Annual report of the Imperial Bacteriologist
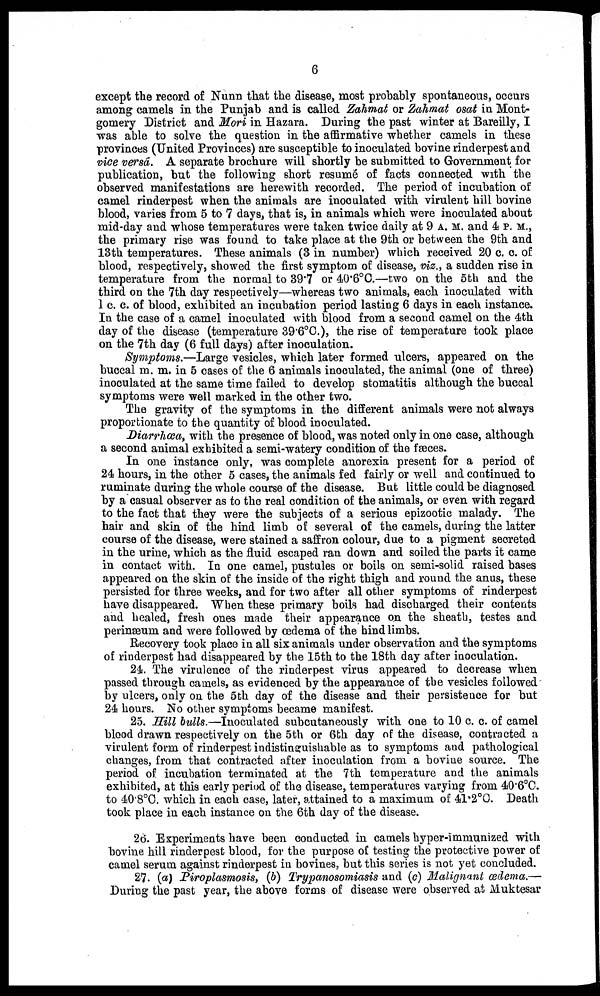
6
except the record of Nunn that the disease, most probably spontaneous, occurs
among camels in the Punjab and is called Zahmat or Zahmat osat in Mont-
gomery District and Mori in Hazara. During the past winter at Bareilly, I
was able to solve the question in the affirmative whether camels in these
provinces (United Provinces) are susceptible to inoculated bovine rinderpest and
vice versâ. A separate brochure will shortly be submitted to Government for
publication, but the following short resumé of facts connected with the
observed manifestations are herewith recorded. The period of incubation of
camel rinderpest when the animals are inoculated with virulent hill bovine
blood, varies from 5 to 7 days, that is, in animals which were inoculated about
mid-day and whose temperatures were taken twice daily at 9 A. M. and 4 P. M.,
the primary rise was found to take place at the 9th or between the 9th and
13th temperatures. These animals (3 in number) which received 20 c. c. of
blood, respectively, showed the first symptom of disease, viz., a sudden rise in
temperature from the normal to 39.7 or 40.6°C.—two on the 5th and the
third on the 7th day respectively—whereas two animals, each inoculated with
1 c. c. of blood, exhibited an incubation period lasting 6 days in each instance.
In the case of a camel inoculated with blood from a second camel on the 4th
day of the disease (temperature 39.6°C.), the rise of temperature took place
on the 7th day (6 full days) after inoculation.
Symptoms.—Large vesicles, which later formed ulcers, appeared on the
buccal m. m. in 5 cases of the 6 animals inoculated, the animal (one of three)
inoculated at the same time failed to develop stomatitis although the buccal
symptoms were well marked in the other two.
The gravity of the symptoms in the different animals were not always
proportionate to the quantity of blood inoculated.
Diarrhœa, with the presence of blood, was noted only in one case, although
a second animal exhibited a semi-watery condition of the fæces.
In one instance only, was complete anorexia present for a period of
24 hours, in the other 5 cases, the animals fed fairly or well and continued to
ruminate during the whole course of the disease. But little could be diagnosed
by a casual observer as to the real condition of the animals, or even with regard
to the fact that they were the subjects of a serious epizootic malady. The
hair and skin of the hind limb of several of the camels, during the latter
course of the disease, were stained a saffron colour, due to a pigment secreted
in the urine, which as the fluid escaped ran down and soiled the parts it came
in contact with. In one camel, pustules or boils on semi-solid raised bases
appeared on the skin of the inside of the right thigh and round the anus, these
persisted for three weeks, and for two after all other symptoms of rinderpest
have disappeared. When these primary boils had discharged their contents
and healed, fresh ones made their appearance on the sheath, testes and
perinæum and were followed by œdema of the hind limbs.
Recovery took place in all six animals under observation and the symptoms
of rinderpest had disappeared by the 15th to the 18th day after inoculation.
24. The virulence of the rinderpest virus appeared to decrease when
passed through camels, as evidenced by the appearance of the vesicles followed
by ulcers, only on the 5th day of the disease and their persistence for but
24 hours. No other symptoms became manifest.
25. Hill bulls.—Inoculated subcutaneously with one to 10 c. c. of camel
blood drawn respectively on the 5th or 6th day of the disease, contracted a
virulent form of rinderpest indistinguishable as to symptoms and pathological
changes, from that contracted after inoculation from a bovine source. The
period of incubation terminated at the 7th temperature and the animals
exhibited, at this early period of the disease, temperatures varying from 40.6°C.
to 40.8°C. which in each case, later, attained to a maximum of 41.2°C. Death
took place in each instance on the 6th day of the disease.
26. Experiments have been conducted in camels hyper-immunized with
bovine hill rinderpest blood, for the purpose of testing the protective power of
camel serum against rinderpest in bovines, but this series is not yet concluded.
27. (a) Piroplasmosis, (b) Trypanosomiasis and (c) Malignant œdema.—
During the past year, the above forms of disease were observed at Muktesar